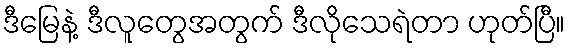
ဒီမြေနဲ့ ဒီလူတွေအတွက် ဒီလိုသေရဲတာ ဟုတ်ပြီ။